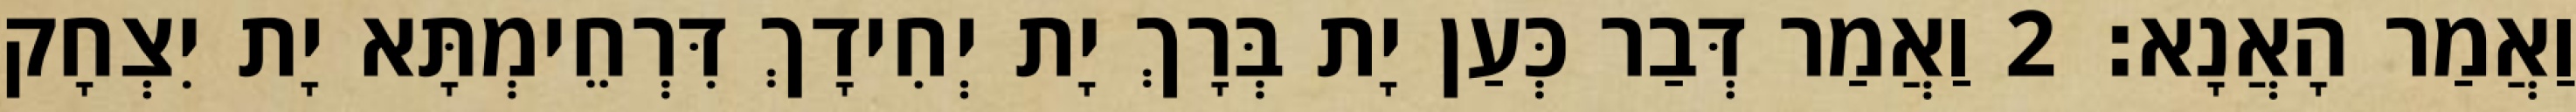
וַאֲמַר הָאֲנָא׃ 2 וַאֲמַר דְּבַר כְּעַן יָת בְּרָךְ יָת יְחִידָךְ דִּרְחֵימְתָּא יָת יִצְחָק